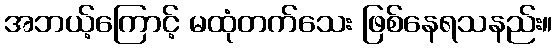
အဘယ့်ကြောင့် မထုံတက်သေး ဖြစ်နေရသနည်း။